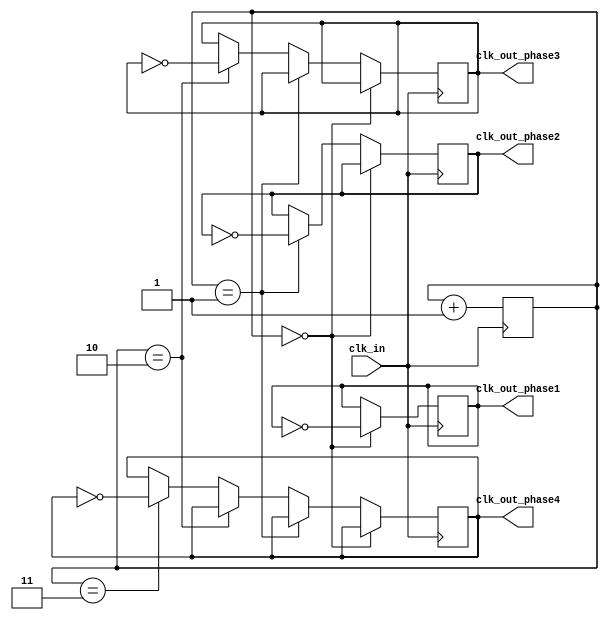
module multi_phase_clock_divider (
    input wire clk_in,
    output reg clk_out_phase1,
    output reg clk_out_phase2,
    output reg clk_out_phase3,
    output reg clk_out_phase4
);

reg [1:0] count;
reg [1:0] phase;

always @(posedge clk_in) begin
    count <= count + 2'b01;
    if (count == 2'b00) begin
        clk_out_phase1 <= ~clk_out_phase1;
    end else if (count == 2'b01) begin
        clk_out_phase2 <= ~clk_out_phase2;
    end else if (count == 2'b10) begin
        clk_out_phase3 <= ~clk_out_phase3;
    end else if (count == 2'b11) begin
        clk_out_phase4 <= ~clk_out_phase4;
    end
    
    if (phase == 2'b00) begin
        if (count == 4'b0000) begin
            phase <= 2'b01;
        end
    end else if (phase == 2'b01) begin
        if (count == 4'b0000) begin
            phase <= 2'b10;
        end
    end else if (phase == 2'b10) begin
        if (count == 4'b0000) begin
            phase <= 2'b11;
        end
    end else if (phase == 2'b11) begin
        if (count == 4'b0000) begin
            phase <= 2'b00;
        end
    end
end

endmodule